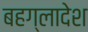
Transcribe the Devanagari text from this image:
बहग्लादेश